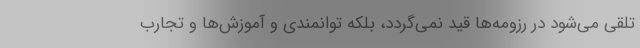
تلقی می‌شود در رزومه‌ها قید نمی‌گردد، بلکه توانمندی و آموزش‌ها و تجارب